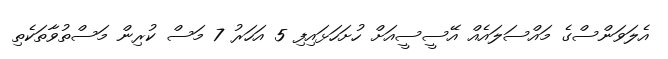
އެލަވަންސްގެ މައްސަލައެއް އޭސީސީއަށް ހުށަހަޅައިފި 5 އަހަރު 7 މަސް ކުރިން މަސްތުވާތަކެތި